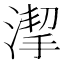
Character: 𱧯